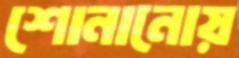
শোনানোয়